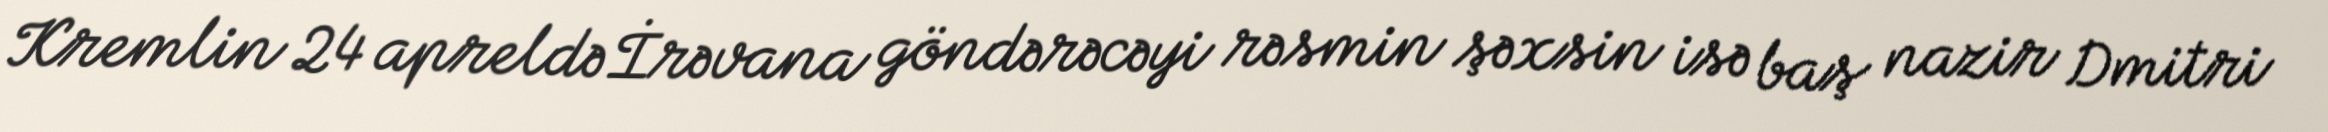
Kremlin 24 apreldə İrəvana göndərəcəyi rəsmin şəxsin isə baş nazir Dmitri